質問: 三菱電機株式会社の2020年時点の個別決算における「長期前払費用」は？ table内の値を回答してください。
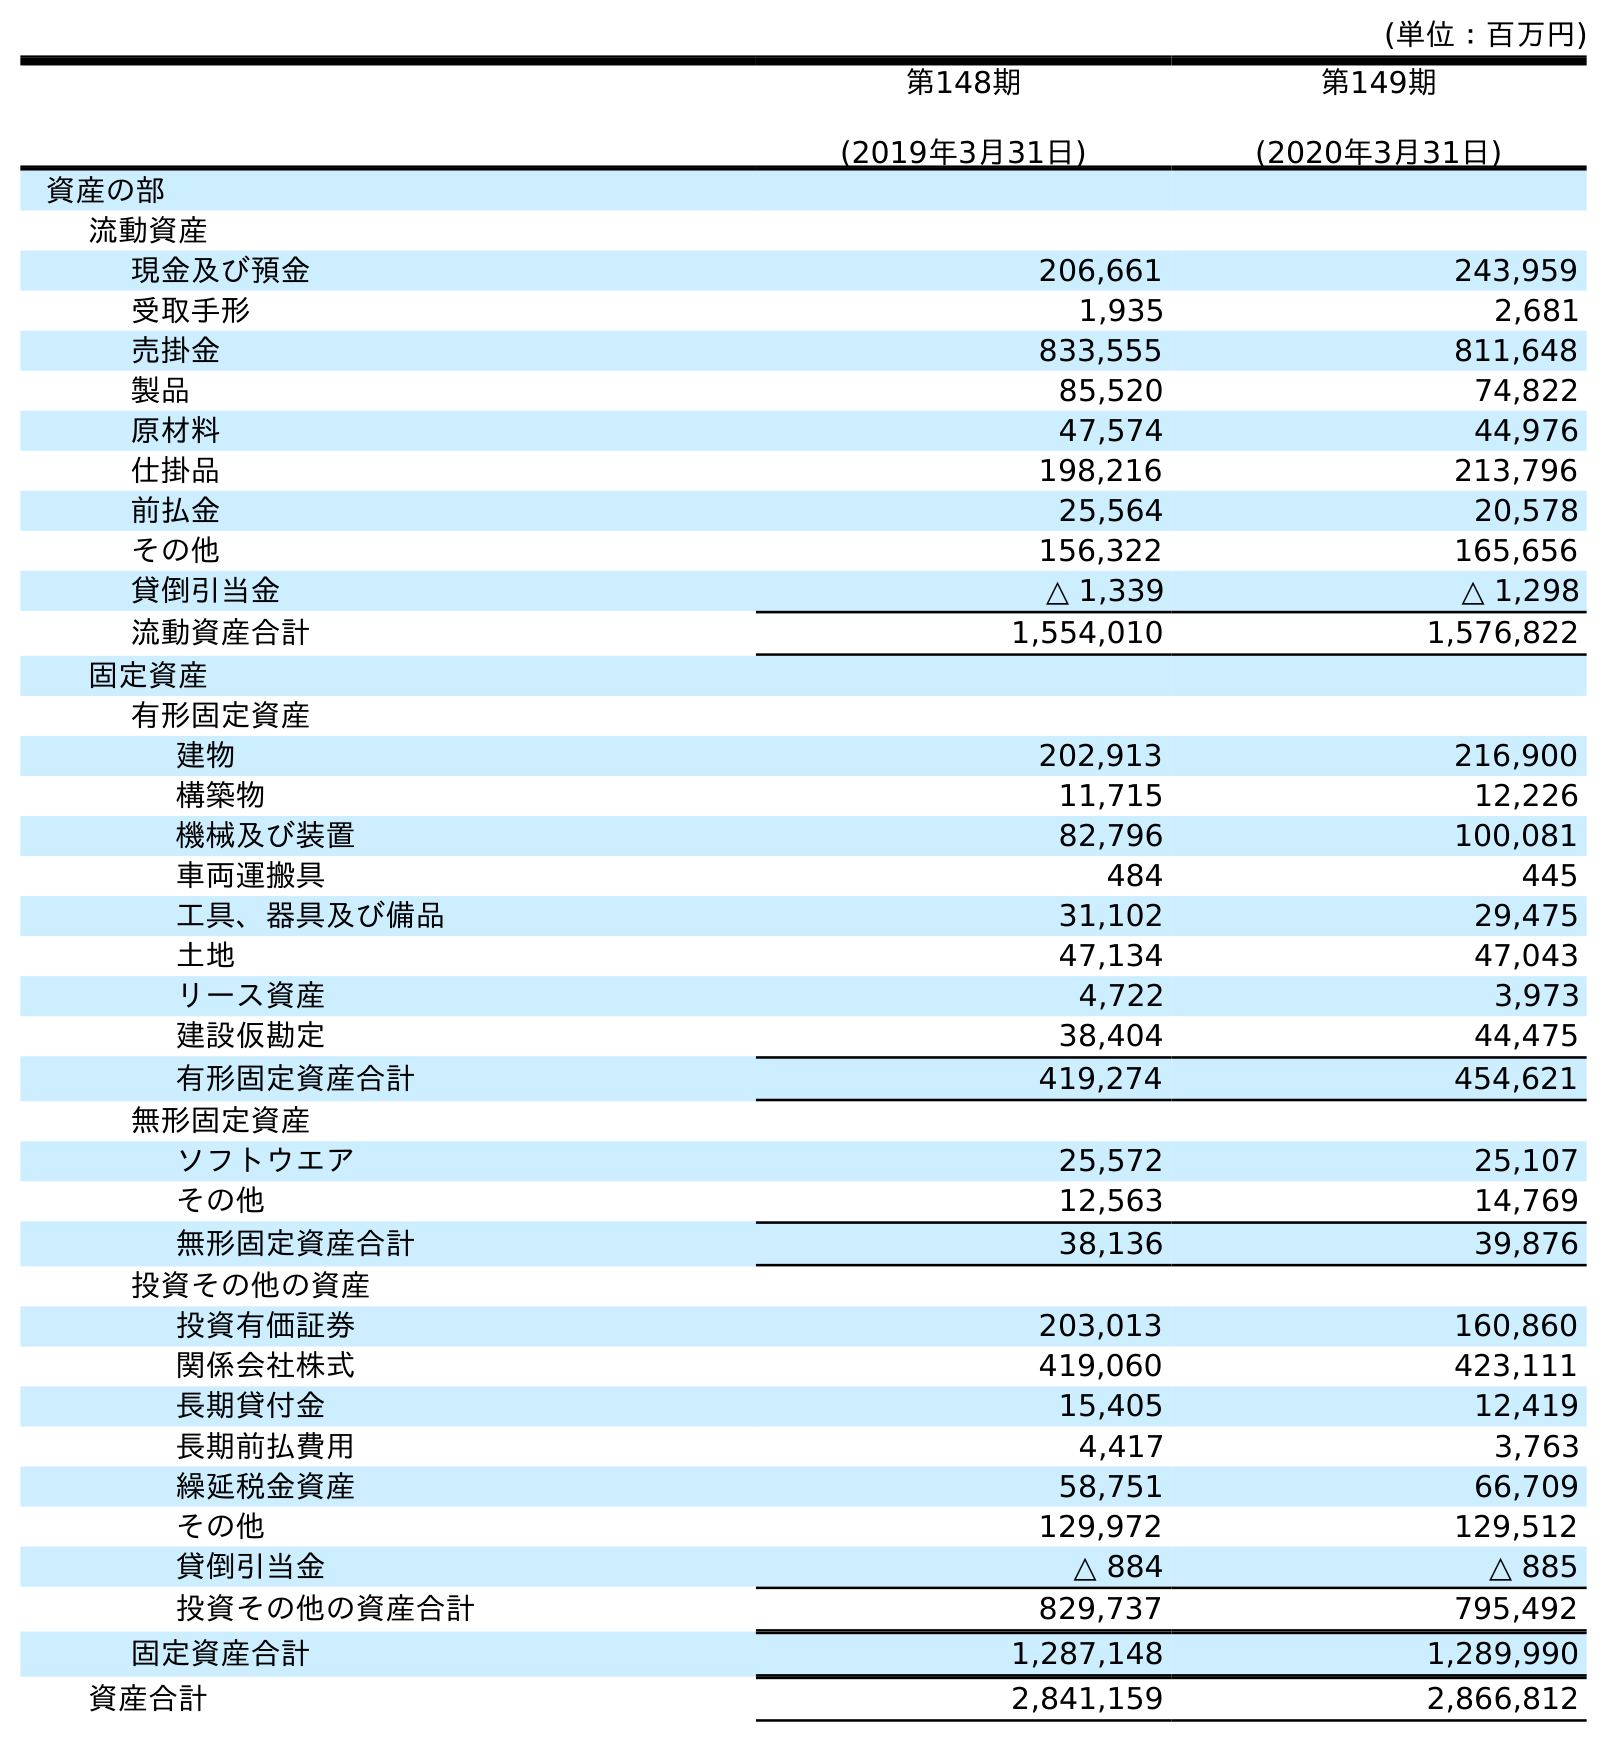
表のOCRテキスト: (単位：百万円) 第148期 (2019年3月31日) 第149期 (2020年3月31日) 資産の部 流動資産 現金及び預金 206,661 243,959 受取手形 1,935 2,681 売掛金 833,555 811,648 製品 85,520 74,822 原材料 47,574 44,976 仕掛品 198,216 213,796 前払金 25,564 20,578 その他 156,322 165,656 貸倒引当金 △ 1,339 △ 1,298 流動資産合計 1,554,010 1,576,822 固定資産 有形固定資産 建物 202,913 216,900 構築物 11,715 12,226 機械及び装置 82,796 100,081 車両運搬具 484 445 工具、器具及び備品 31,102 29,475 土地 47,134 47,043 リース資産 4,722 3,973 建設仮勘定 38,404 44,475 有形固定資産合計 419,274 454,621 無形固定資産 ソフトウエア 25,572 25,107 その他 12,563 14,769 無形固定資産合計 38,136 39,876 投資その他の資産 投資有価証券 203,013 160,860 関係会社株式 419,060 423,111 長期貸付金 15,405 12,419 長期前払費用 4,417 3,763 繰延税金資産 58,751 66,709 その他 129,972 129,512 貸倒引当金 △ 884 △ 885 投資その他の資産合計 829,737 795,492 固定資産合計 1,287,148 1,289,990 資産合計 2,841,159 2,866,812
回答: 3,763